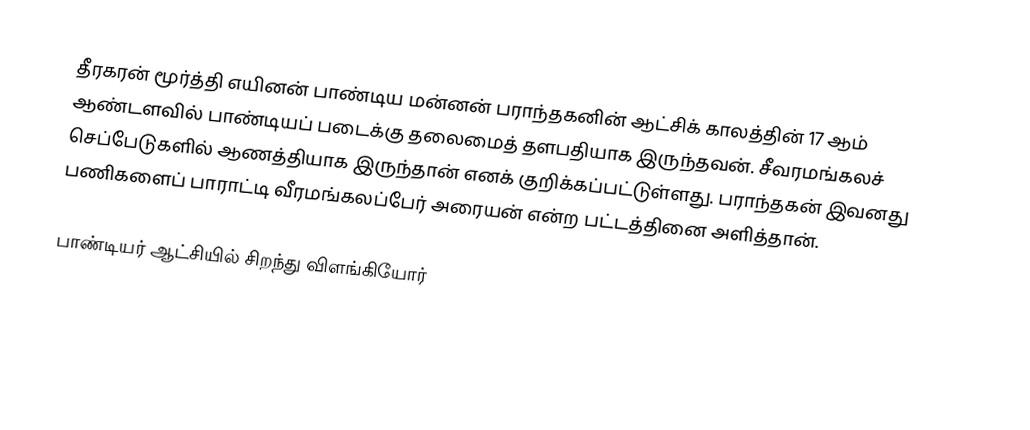
தீரகரன் மூர்த்தி எயினன் பாண்டிய மன்னன் பராந்தகனின் ஆட்சிக் காலத்தின் 17 ஆம் ஆண்டளவில் பாண்டியப் படைக்கு தலைமைத் தளபதியாக இருந்தவன். சீவரமங்கலச் செப்பேடுகளில் ஆணத்தியாக இருந்தான் எனக் குறிக்கப்பட்டுள்ளது. பராந்தகன் இவனது பணிகளைப் பாராட்டி வீரமங்கலப்பேர் அரையன் என்ற பட்டத்தினை அளித்தான்.

பாண்டியர் ஆட்சியில் சிறந்து விளங்கியோர்